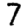
Digit: 7